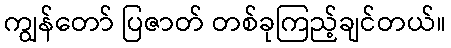
ကျွန်တော် ပြဇာတ် တစ်ခုကြည့်ချင်တယ်။